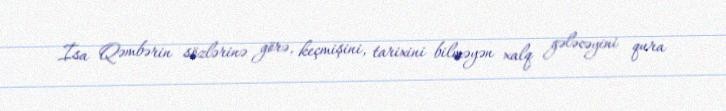
İsa Qəmbərin sözlərinə görə, keçmişini, tarixini bilməyən xalq gələcəyini qura